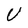
Character: U